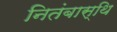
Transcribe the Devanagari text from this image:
नितंबास्थि